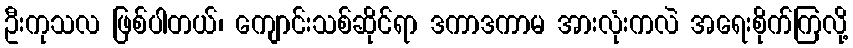
ဦးကုသလ ဖြစ်ပါတယ်၊ ကျောင်းသစ်ဆိုင်ရာ ဒကာဒကာမ အားလုံးကလဲ အရေးစိုက်ကြလို့